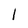
Character: 1